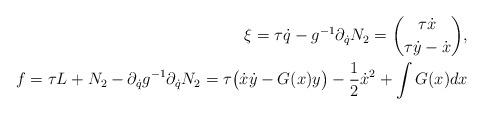
LaTeX: \begin{align*} \xi=\tau \dot q-g^{-1}\partial_{\dot q}N_2= \binom{\tau \dot x}{\tau \dot y-\dot x},\\ f=\tau L+N_2-\partial_{\dot q}g^{-1}\partial_{\dot q}N_2= \tau \bigl(\dot x\dot y-G(x)y\bigr)-\frac{1}{2}\dot x^2+\int G(x)dx\end{align*}